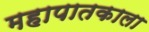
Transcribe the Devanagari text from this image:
महापातकाला